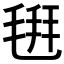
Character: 𣮚